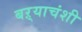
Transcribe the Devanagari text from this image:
बऱ्याचंशी